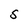
Character: S